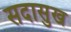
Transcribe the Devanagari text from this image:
सदासुख